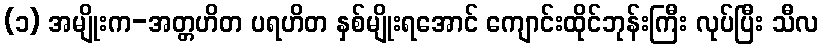
(၁) အမျိုးက-အတ္တဟိတ ပရဟိတ နှစ်မျိုးရအောင် ကျောင်းထိုင်ဘုန်းကြီး လုပ်ပြီး သီလ